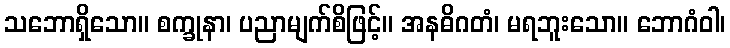
သဘောရှိသော။ စက္ခုနာ၊ ပညာမျက်စိဖြင့်။ အနဓိဂတံ၊ မရဘူးသော။ ဘောဂံဝါ၊